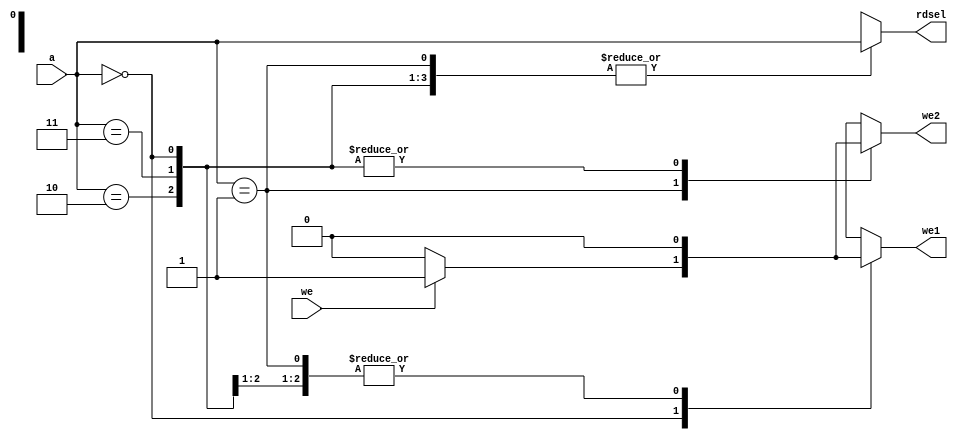
module faaddressdecoder(
input [1:0] a,
input we,
output reg we1,
output reg we2,
output reg [1:0] rdsel
    );

always@(*)
begin
    case(a)
    2'b00:
        begin
        if(we)
            begin
            we1=we;
            we2=0;
            rdsel=a;
            end
        else
            begin
            we1=0;
            we2=0;
            rdsel=a;            
            end
        end
    2'b01:
        begin
        if(we)
            begin
            we1=0;
            we2=we;
            rdsel=a;
            end
        else
            begin
            we1=0;
            we2=0;
            rdsel=a;            
            end
        end
    2'b10:
        begin
        we1=0;
        we2=0;
        rdsel=a;
        end
    2'b11:
        begin
        we1=0;
        we2=0;
        rdsel=a;
        end
    endcase
end
endmodule